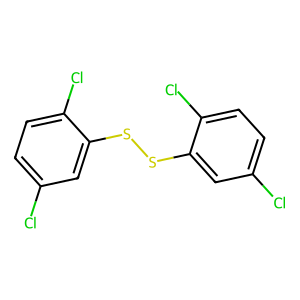
SMILES: Clc1ccc(Cl)c(SSc2cc(Cl)ccc2Cl)c1
Inhibits HIV replication: No